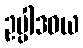
ဥပ္ပါဒဝယ